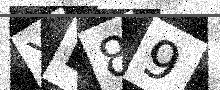
Text: YB89